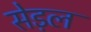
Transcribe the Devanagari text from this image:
सेड़ल